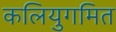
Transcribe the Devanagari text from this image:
कलियुगमित